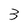
Character: 3